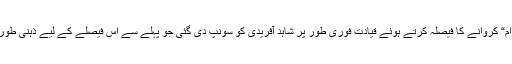
مصباح کو ”آرام“ کروانے کا فیصلہ کرتے ہوئے قیادت فوری طور پر شاہد آفریدی کو سونپ دی گئی جو پہلے سے اس فیصلے کے لیے ذہنی طور پر تیار تھے۔